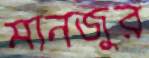
মানজুর